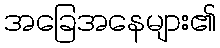
အခြေအနေများ၏